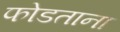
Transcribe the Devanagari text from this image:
फोडताना